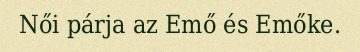
Női párja az Emő és Emőke.